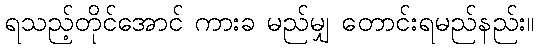
ရသည့်တိုင်အောင် ကားခ မည်မျှ တောင်းရမည်နည်း။